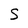
Character: S